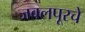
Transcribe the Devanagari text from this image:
जबलपूरचे